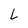
Character: L